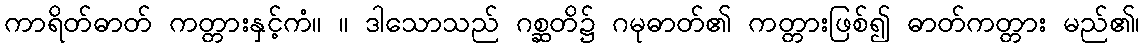
ကာရိတ်ဓာတ် ကတ္တားနှင့်ကံ။ ။ ဒါသောသည် ဂစ္ဆတိ၌ ဂမုဓာတ်၏ ကတ္တားဖြစ်၍ ဓာတ်ကတ္တား မည်၏၊